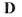
D